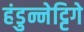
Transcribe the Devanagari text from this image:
हंडुन्नेट्टिगे